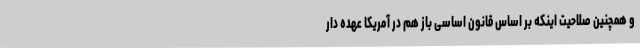
و همچنین صلاحیت اینکه بر اساس قانون اساسی باز هم در آمریکا عهده دار